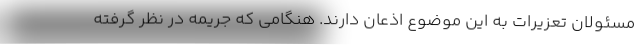
مسئولان تعزیرات به این موضوع اذعان دارند. هنگامی که جریمه در نظر گرفته